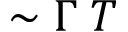
\sim \Gamma \; T